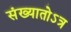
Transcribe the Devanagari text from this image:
संख्यातोऽत्र